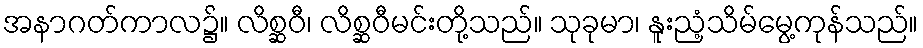
အနာဂတ်ကာလ၌။ လိစ္ဆဝီ၊ လိစ္ဆဝီမင်းတို့သည်။ သုခုမာ၊ နူးညံ့သိမ်မွေ့ကုန်သည်။